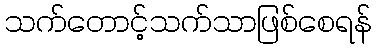
သက်တောင့်သက်သာဖြစ်စေရန်